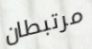
مرتبطان